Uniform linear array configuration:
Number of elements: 48
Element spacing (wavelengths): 0.25
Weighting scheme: hamming
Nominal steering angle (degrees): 45
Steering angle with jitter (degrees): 44.384
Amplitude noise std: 0.05
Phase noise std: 0.05

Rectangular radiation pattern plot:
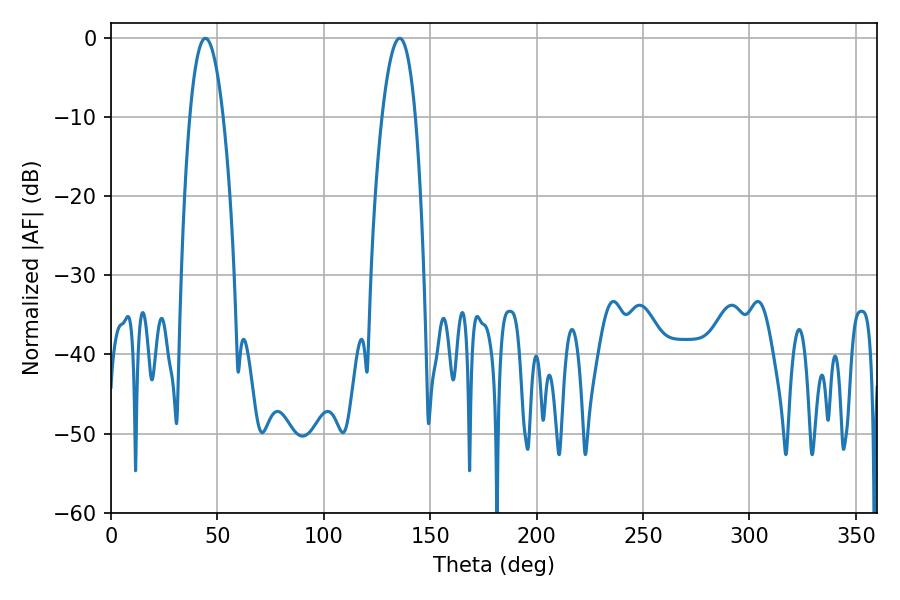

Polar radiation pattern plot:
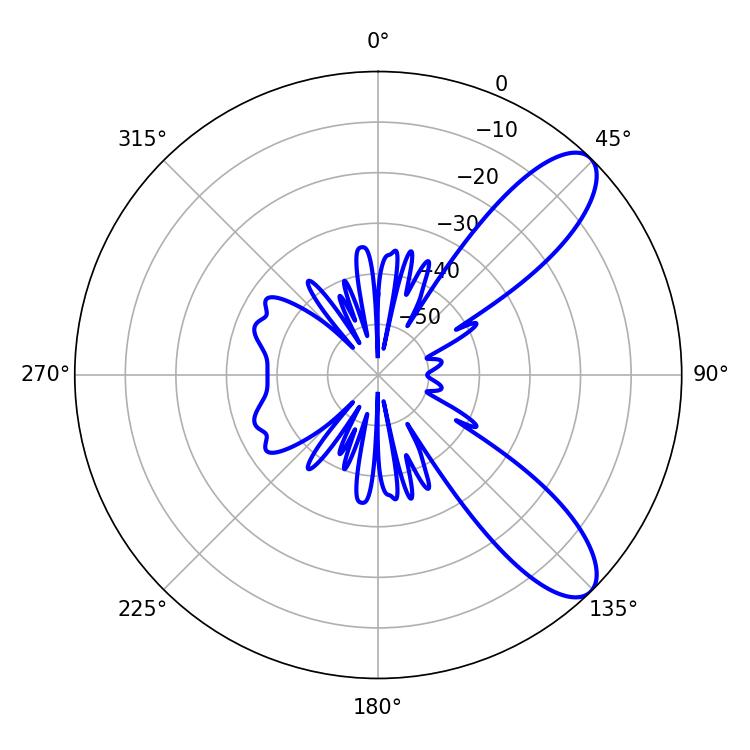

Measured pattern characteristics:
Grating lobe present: FALSE
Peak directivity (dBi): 9.445
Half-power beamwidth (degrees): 8.64
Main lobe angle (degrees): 44.28